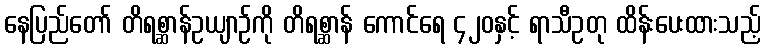
နေပြည်တော် တိရစ္ဆာန်ဥယျာဉ်ကို တိရစ္ဆာန် ကောင်ရေ ၄၂၀နှင့် ရာသီဥတု ထိန်းပေးထားသည့်